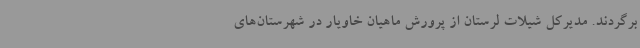
برگردند. مدیرکل شیلات لرستان از پرورش ماهیان خاویار در شهرستان‌های